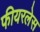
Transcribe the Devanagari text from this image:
फीयरलेस